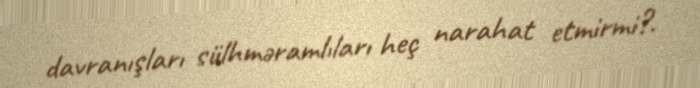
davranışları sülhməramlıları heç narahat etmirmi?.